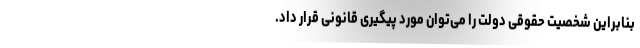
بنابراین شخصیت حقوقی دولت را می‌توان مورد پیگیری قانونی قرار داد.